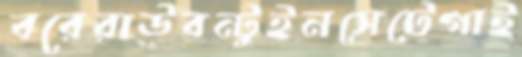
বরেরাউবন্টুইনসেটেগাই